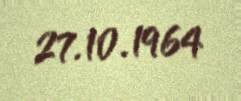
27.10.1964